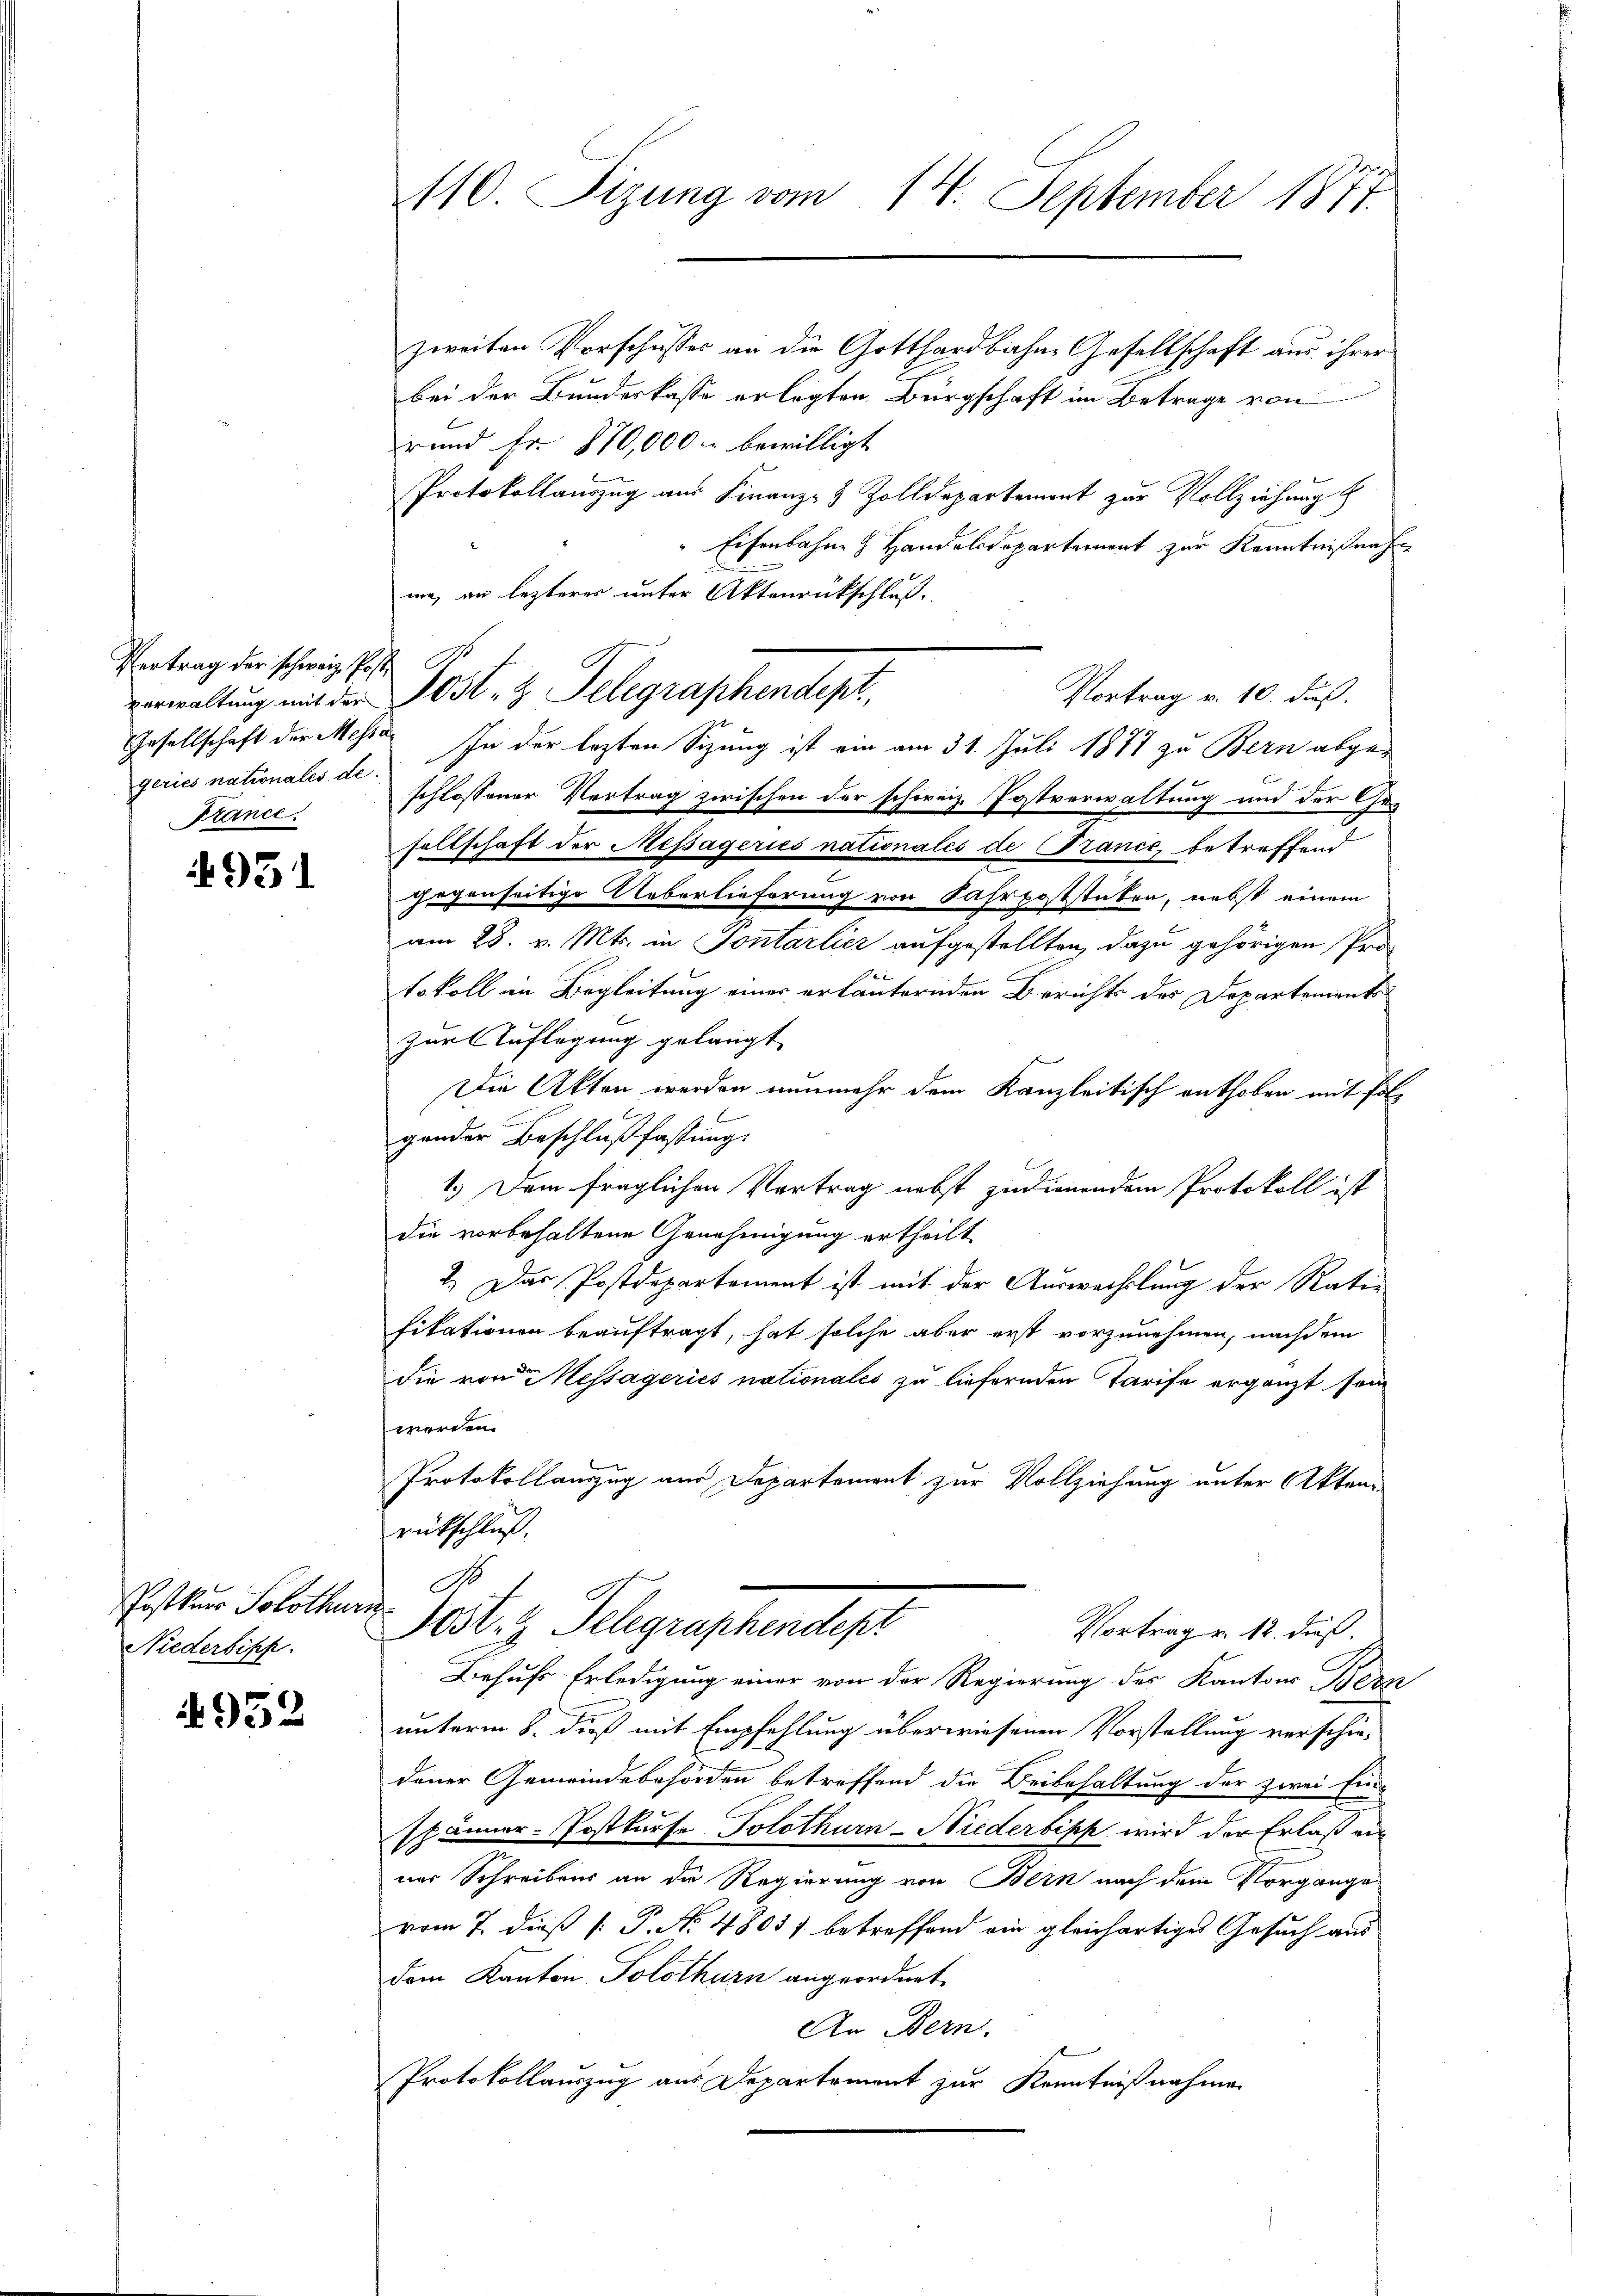
Vertrag der schweiz. Post. B
geries nationales de
France

4951

Postkur Solothur
Niederbish

952

110. Sizung vom 14. September 1877

zweiten Vorschusses an die Gotthardbahne Gesellschaft aus ihrer
bei der Bundeskasse erlegten. Bürgschaft im Betrage von
rund Fr. 170,000 bewilligt
Protokollauszug aus Finanz- & Zolldepartemont zur Vollziehung b
" Eisenbahne Handelsdepartement zur Kenntnißnahm
me, an lezteres unter Aktenrückschluß.
schlossener Vertrag zwischen der schweiz. Postverwaltung und der Gesellschaft der Messageries nationales de Trance betreffend
gegenseitige Ueberlieferung von Fahrpoststücken, nebst einem
am 28. v. Mts. in Sontarlier aufgestellten, dazu gehörigen Proe
tokoll in Begleitung einer erläuternden Berichts der Departementozur Auflegung gelangt
Die Akten werden nunmehr dem Kanzleitisch enthoben mit folgender Beschlußfassung.
1.) Dem fraglichen Vortrag nebst zudienendem Protokoll ist
die vorbehaltene Genehmigung ertheilt.
2.) Das Postdepartement ist mit der Auswechslung der Rati
fikationen beauftragt, hat solche aber erst vorzunehmen, nachdem
die von dessageries nationales zu liefernden Tarife ergänzt sein
werden.
Protokollanzug aus Departement zur Vollziehung unter Akten.
rückschluß.
des. z. Telegraphendepr
Vortrag v. 12. dieß.
Behufs Erledigung einer von der Regierung des Kantons Bern
unterm 8. dieß mit Empfehlung überwiesenen Vorstellung verschiedener Gemeindebehörden betreffend die Beibehaltung der zwei Ein-
.
spänner-Postkurse Solothurn-Niederbipp wird der Erlaß ein
ner Schreibens an die Regierung von Bern nach dem Vorgange
vom 7. dieß P. P. No. 48057 betreffend ein gleichartiges Gesuch aus
dem Kanton Solothurn angeordnet
An Bern.
Protokollauszug aus Departemont zur Kenntnißnahme

Vortrag v. 10. dieß.
verwaltung mit der Post- & Telegraphendept,
Gesellschaft der Messe. In der lezten Sizung ist ein am 31. Juli 1877 zu Bern abge¬